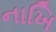
નાખિ